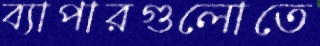
ব্যাপারগুলোতে